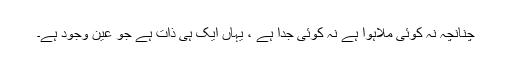
چنانچہ نہ کوئی ملاہوا ہے نہ کوئی جدا ہے ، یہاں ایک ہی ذات ہے جو عین وجود ہے۔